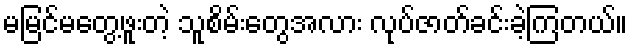
မမြင်မတွေ့ဖူးတဲ့ သူစိမ်းတွေအလား လုပ်ဇာတ်ခင်းခဲ့ကြတယ်။